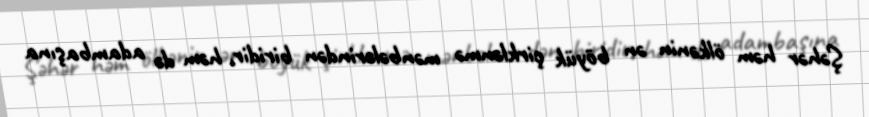
Şəhər həm ölkənin ən böyük çirklənmə mənbələrindən biridir, həm də adambaşına